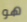
هو